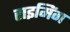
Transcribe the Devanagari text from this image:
राइमिंग